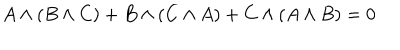
LaTeX: A \wedge ( B \wedge C ) + B \wedge ( C \wedge A ) + C \wedge ( A \wedge B ) = 0